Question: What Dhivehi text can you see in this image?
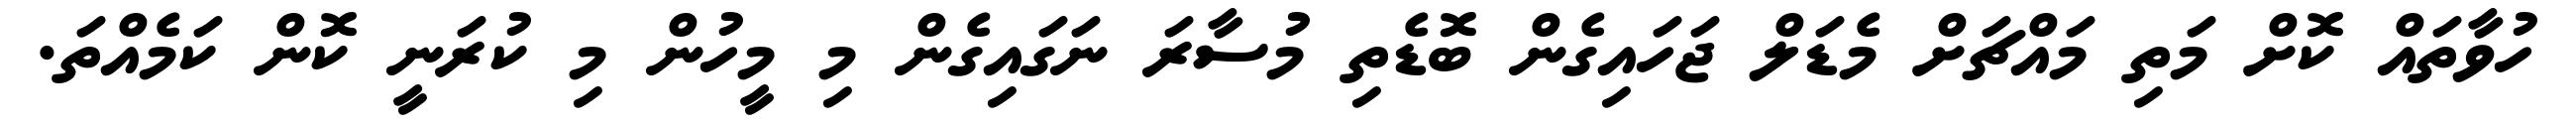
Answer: ހުވާތައް ކޮށް މަތި މައްޗަށް މެޑަލް ޖަހައިގެން ބޮޑެތި މުސާރަ ނަގައިގެން މި މީހުން މި ކުރަނީ ކޮން ކަމެއްތަ.